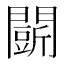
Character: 𮤟